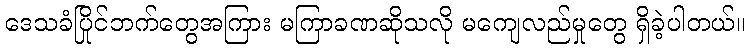
ဒေသခံပြိုင်ဘက်တွေအကြား မကြာခဏဆိုသလို မကျေလည်မှုတွေ ရှိခဲ့ပါတယ်။